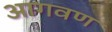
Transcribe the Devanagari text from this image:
आगवण